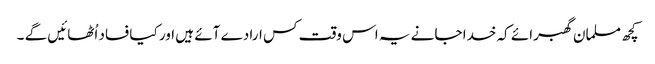
کچھ مسلمان گھبرائے کہ خدا جانے یہ اس وقت کس ارادے آئے ہیں اور کیا فساد اُٹھائیں گے ۔